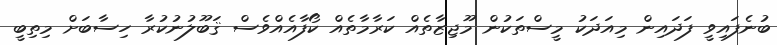
ބުނެފައިވީ ފަދައިން މިއަދަކު މީސްތަކުން މޫޖިޒާތެއް ކަރާމާތެއް ކޯފާއެއްވެސް ޤަބޫލުނުކުރާ ހިސާބަށް މިތިބީ